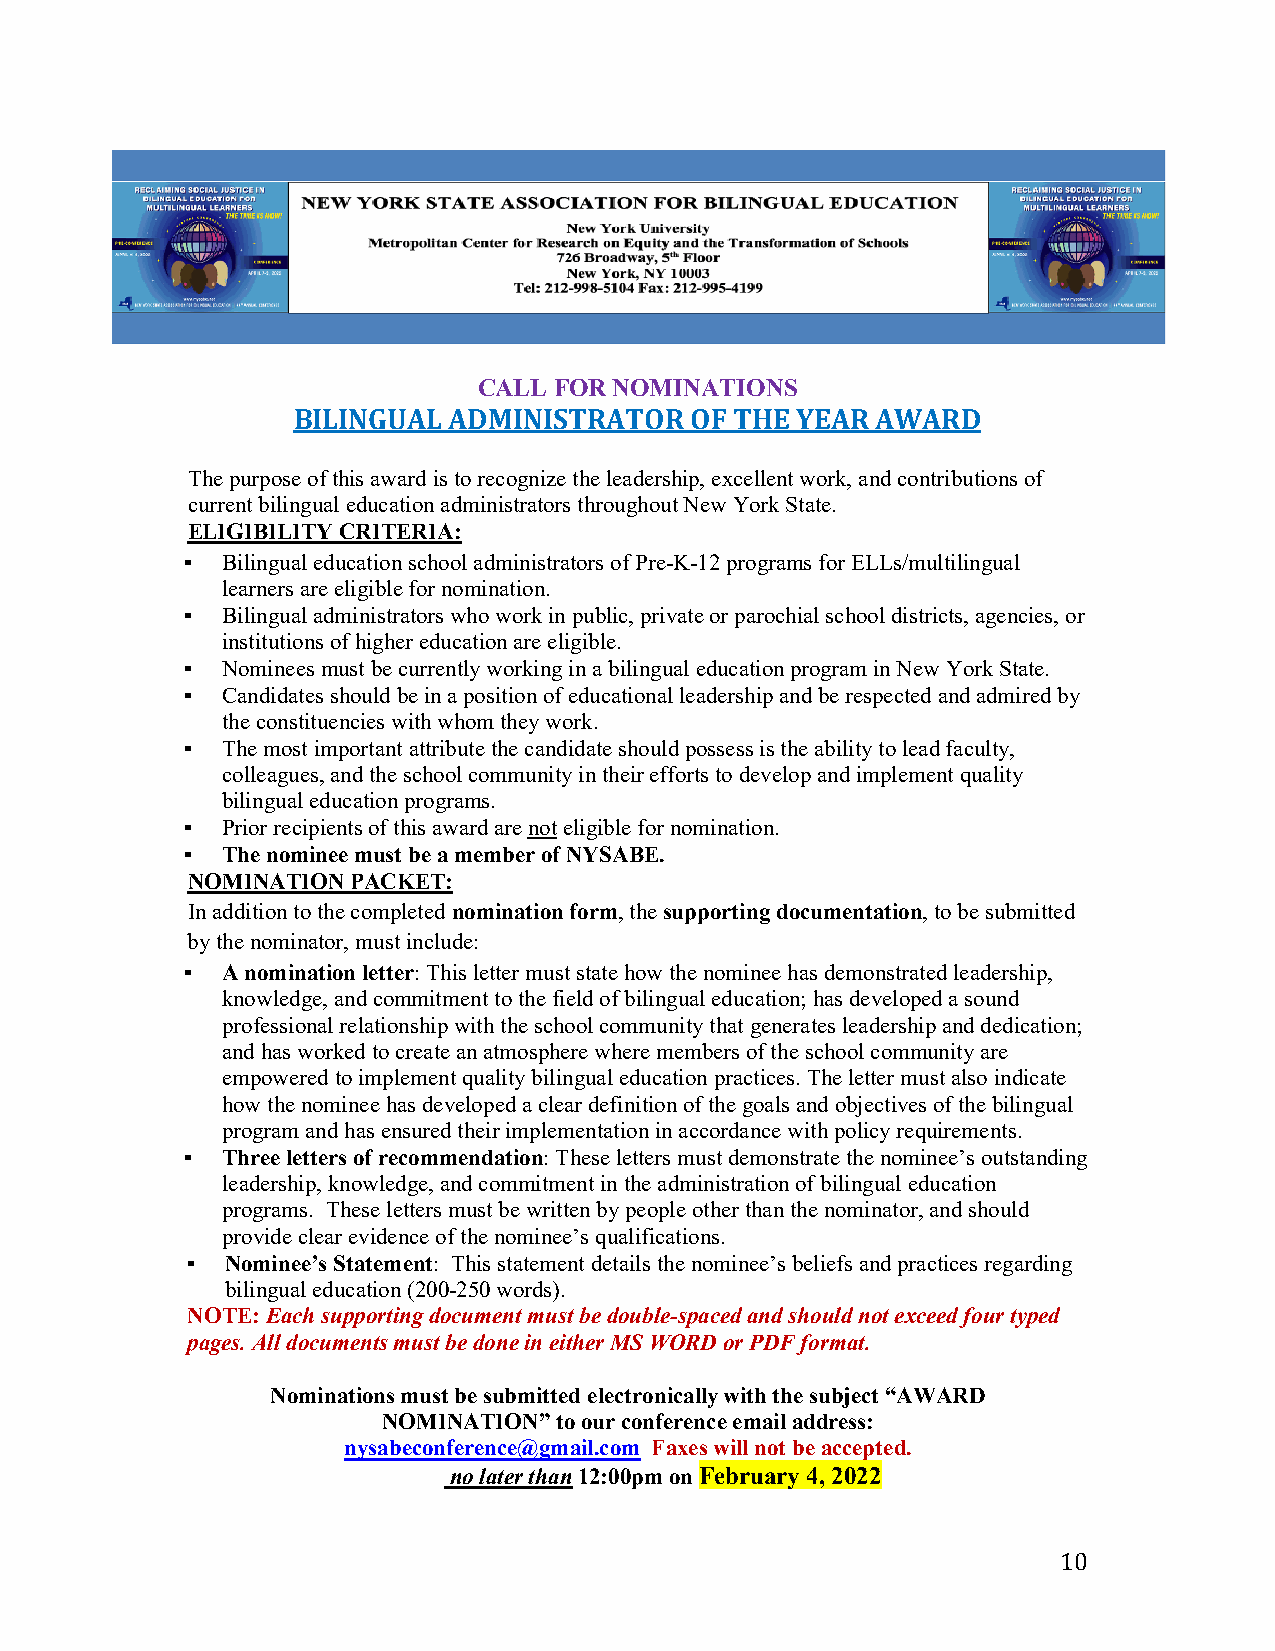
CALL FOR NOMINATIONS
 BILINGUAL  ADMINISTRATOR   OF THE YEAR AWARD
 The purpose of this award is to recognize the leadership, excellent work, and contributions of
 current bilingual education administrators throughout New York State.
 ELIGIBILITY CRITERIA:
 ▪  Bilingual education school administrators of Pre-K-12 programs for ELLs/multilingual
 learners are eligible for nomination.
 ▪  Bilingual administrators who work in public, private or parochial school districts, agencies, or
 institutions of higher education are eligible.
 ▪  Nominees must be currently working in a bilingual education program in New York State.
 ▪  Candidates should be in a position of educational leadership and be respected and admired by
 the constituencies with whom they work.
 ▪  The most important attribute the candidate should possess is the ability to lead faculty,
 colleagues, and the school community in their efforts to develop and implement quality
 bilingual education programs.
 ▪  Prior recipients of this award are not eligible for nomination.
 ▪  The nominee must be a member of NYSABE.
 NOMINATION PACKET:
 In addition to the completed nomination form, the supporting documentation, to be submitted
 by the nominator, must include:
 ▪  A nomination letter: This letter must state how the nominee has demonstrated leadership,
 knowledge, and commitment to the field of bilingual education; has developed a sound
 professional relationship with the school community that generates leadership and dedication;
 and has worked to create an atmosphere where members of the school community are
 empowered to implement quality bilingual education practices. The letter must also indicate
 how the nominee has developed a clear definition of the goals and objectives of the bilingual
 program and has ensured their implementation in accordance with policy requirements.
 ▪  Three letters of recommendation: These letters must demonstrate the nominee’s outstanding
 leadership, knowledge, and commitment in the administration of bilingual education
 programs. These letters must be written by people other than the nominator, and should
 provide clear evidence of the nominee’s qualifications.
 ▪  Nominee’s Statement: This statement details the nominee’s beliefs and practices regarding
 bilingual education (200-250 words).
 NOTE: Each supporting document must be double-spaced and should not exceed four typed
 pages. All documents must be done in either MS WORD or PDF format.
 Nominations must be submitted electronically with the subject “AWARD
 NOMINATION” to our conference email address:
 nysabeconference@gmail.com Faxes will not be accepted.
 no later than 12:00pm on February 4, 2022
 10